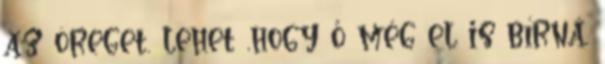
az öreget. lehet ,hogy ő még el is bírná.